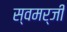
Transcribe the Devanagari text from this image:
स्वमर्जी